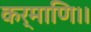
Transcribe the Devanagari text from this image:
कर्माणि।।